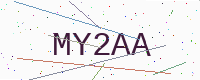
Text: MY2AA